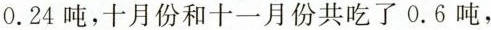
0.24吨，十月份和十一月份共吃了0.6吨，